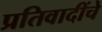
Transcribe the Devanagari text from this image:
प्रतिवादींचे